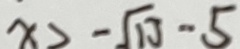
x 2 - \sqrt { 1 3 } - 5